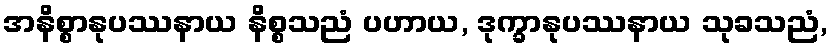
အနိစ္စာနုပဿနာယ နိစ္စသညံ ပဟာယ, ဒုက္ခာနုပဿနာယ သုခသညံ,